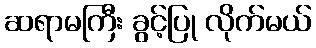
ဆရာမကြီး ခွင့်ပြု လိုက်မယ်